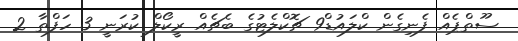
ސޫތްޕެއް ފެނިގެން ކްލައުޑް9 ޗޮކްލެޓުގެ ބެޗެއް ރީކޯލް ކުރަނީ 3 ހަފްތާ 2